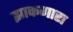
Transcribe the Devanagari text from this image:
झाकणारा